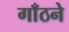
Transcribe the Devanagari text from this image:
गाँठने